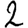
Digit: 2